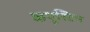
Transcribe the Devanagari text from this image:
कपूस्टिन